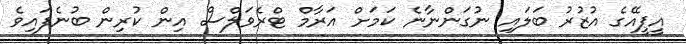
އީޕީއޭގެ އުޒުރު ބަލައި ނުގަންނާނެ ކަމަށް އަރާމް ޓްރެވަލްސް އިން ކުރިން ބުނެފައިވެ